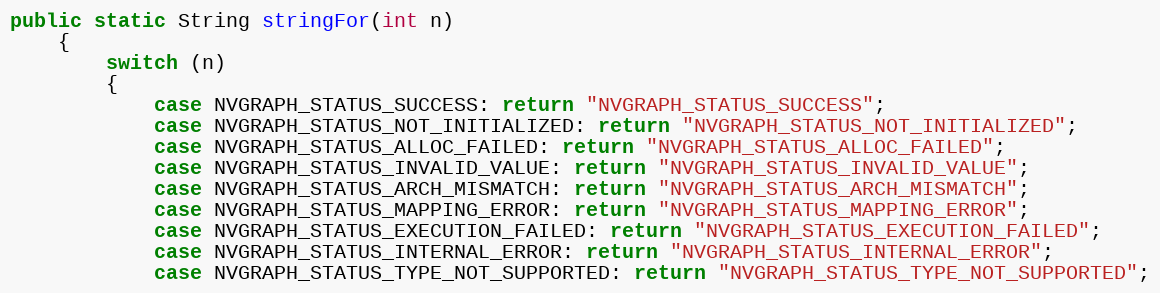
Language: Java
public static String stringFor(int n)
    {
        switch (n)
        {
            case NVGRAPH_STATUS_SUCCESS: return "NVGRAPH_STATUS_SUCCESS";
            case NVGRAPH_STATUS_NOT_INITIALIZED: return "NVGRAPH_STATUS_NOT_INITIALIZED";
            case NVGRAPH_STATUS_ALLOC_FAILED: return "NVGRAPH_STATUS_ALLOC_FAILED";
            case NVGRAPH_STATUS_INVALID_VALUE: return "NVGRAPH_STATUS_INVALID_VALUE";
            case NVGRAPH_STATUS_ARCH_MISMATCH: return "NVGRAPH_STATUS_ARCH_MISMATCH";
            case NVGRAPH_STATUS_MAPPING_ERROR: return "NVGRAPH_STATUS_MAPPING_ERROR";
            case NVGRAPH_STATUS_EXECUTION_FAILED: return "NVGRAPH_STATUS_EXECUTION_FAILED";
            case NVGRAPH_STATUS_INTERNAL_ERROR: return "NVGRAPH_STATUS_INTERNAL_ERROR";
            case NVGRAPH_STATUS_TYPE_NOT_SUPPORTED: return "NVGRAPH_STATUS_TYPE_NOT_SUPPORTED";